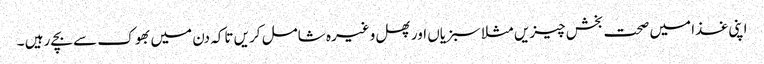
اپنی غذا میں صحت بخش چیزیں مثلا سبزیاں اور پھل وغیرہ شامل کریں تاکہ دن میں بھوک سے بچے رہیں ۔